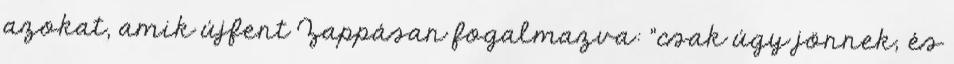
azokat, amik újfent Zappásan fogalmazva: "csak úgy jönnek, és